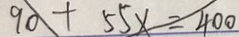
9 a + 5 5 x = 4 0 0